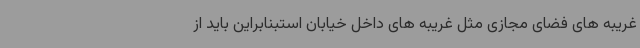
غریبه های فضای مجازی مثل غریبه های داخل خیابان استبنابراین باید از